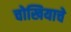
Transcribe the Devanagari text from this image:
चोखियाचे